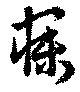
寐